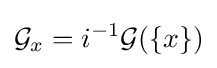
{\mathcal {G}}_{x}=i^{-1}{\mathcal {G}}(\{x\})